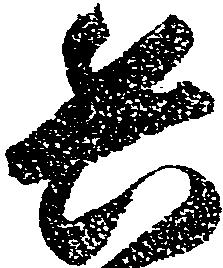
兵